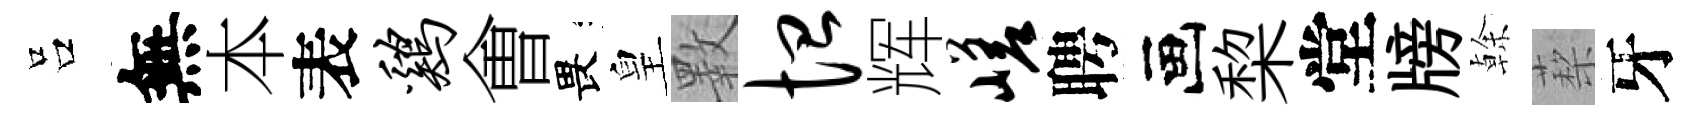
吕無本表鸡㑹畏皇斁恤辉嵯聘画棃堂牓𠏉蔾牙